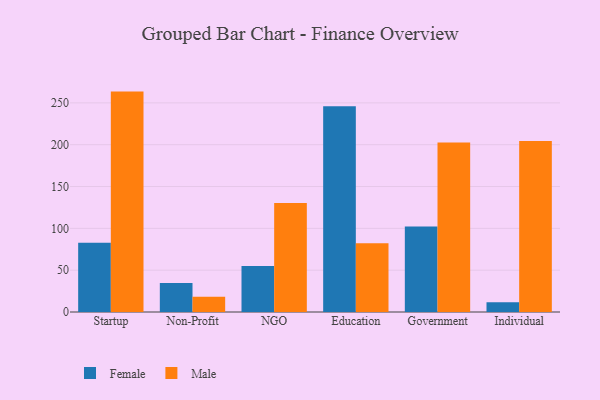
{"axis": {"x": "Segment", "y": "Population (Million)"}, "legend": ["Female", "Male"], "data": [{"x": "Startup", "y": 82.7, "type": "Female"}, {"x": "Startup", "y": 263.5, "type": "Male"}, {"x": "Non-Profit", "y": 34.7, "type": "Female"}, {"x": "Non-Profit", "y": 18.3, "type": "Male"}, {"x": "NGO", "y": 54.9, "type": "Female"}, {"x": "NGO", "y": 130.4, "type": "Male"}, {"x": "Education", "y": 246.0, "type": "Female"}, {"x": "Education", "y": 82.1, "type": "Male"}, {"x": "Government", "y": 102.2, "type": "Female"}, {"x": "Government", "y": 202.7, "type": "Male"}, {"x": "Individual", "y": 11.7, "type": "Female"}, {"x": "Individual", "y": 204.4, "type": "Male"}]}